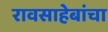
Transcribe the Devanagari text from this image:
रावसाहेबांचा